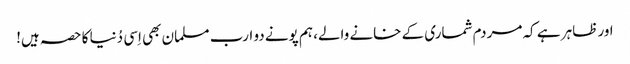
اور ظاہر ہے کہ مردم شماری کے خانے والے، ہم پونے دو ارب مسلمان بھی اِسی دُنیا کا حصہ ہیں!